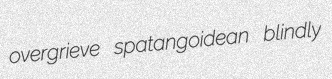
overgrieve spatangoidean blindly